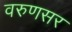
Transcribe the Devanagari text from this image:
वरुणसर